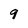
Character: 9